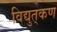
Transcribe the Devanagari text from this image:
विद्युत्‌कण